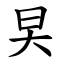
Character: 旲